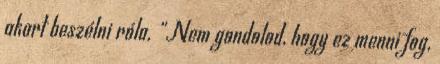
akart beszélni róla. “Nem gondolod, hogy ez menni fog,